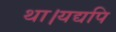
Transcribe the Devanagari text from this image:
था।यद्यपि